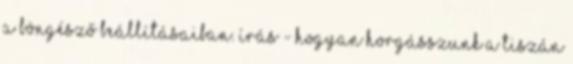
a böngésző beállításaiban. Írás - Hogyan horgásszunk a Tiszán